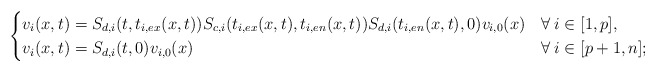
\begin{align*} \begin{cases} v_i(x,t)=S_{d,i}(t,t_{i,ex}(x,t))S_{c,i}(t_{i,ex}(x,t),t_{i,en}(x,t))S_{d,i}(t_{i,en}(x,t),0)v_{i,0}(x) & \forall\:i\in[1,p],\\ v_i(x,t)=S_{d,i}(t,0)v_{i,0}(x) & \forall\:i\in[p+1,n]; \end{cases} \end{align*}